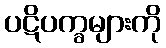
ပဋိပက္ခများကို